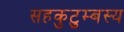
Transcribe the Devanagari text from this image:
सहकुटुम्बस्य